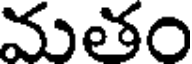
మతం